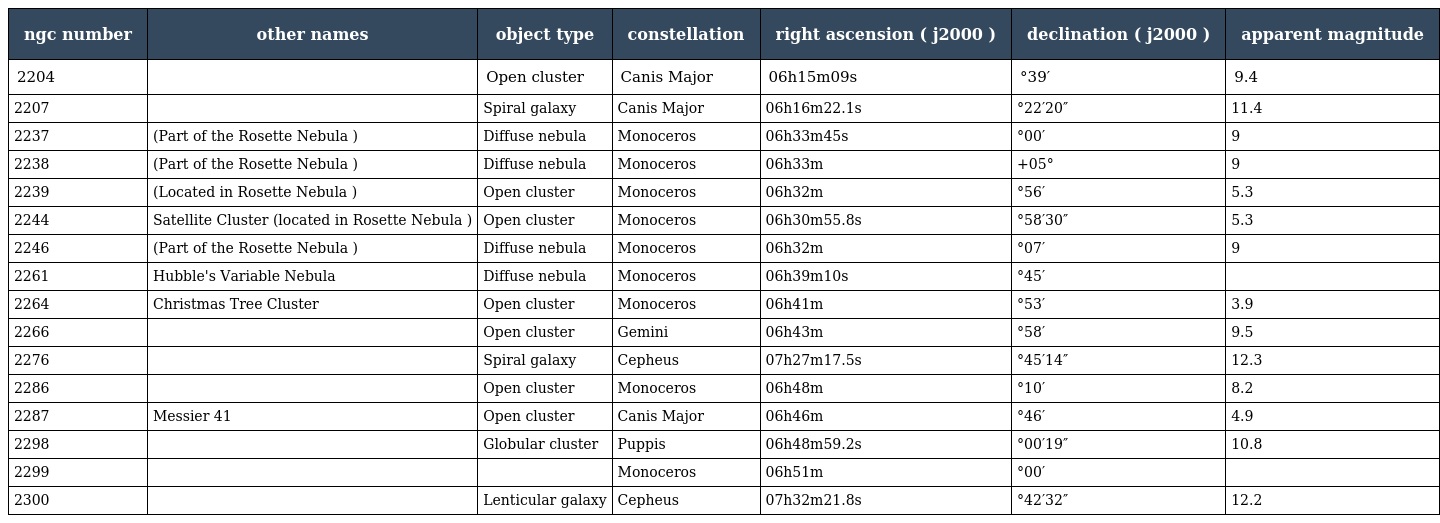
| ngc number | other names | object type | constellation | right ascension ( j2000 ) | declination ( j2000 ) | apparent magnitude |
 | --- | --- | --- | --- | --- | --- | --- |
 | 2204 |  | Open cluster | Canis Major | 06h15m09s | °39′ | 9.4 |
 | 2207 |  | Spiral galaxy | Canis Major | 06h16m22.1s | °22′20″ | 11.4 |
 | 2237 | (Part of the Rosette Nebula ) | Diffuse nebula | Monoceros | 06h33m45s | °00′ | 9 |
 | 2238 | (Part of the Rosette Nebula ) | Diffuse nebula | Monoceros | 06h33m | +05° | 9 |
 | 2239 | (Located in Rosette Nebula ) | Open cluster | Monoceros | 06h32m | °56′ | 5.3 |
 | 2244 | Satellite Cluster (located in Rosette Nebula ) | Open cluster | Monoceros | 06h30m55.8s | °58′30″ | 5.3 |
 | 2246 | (Part of the Rosette Nebula ) | Diffuse nebula | Monoceros | 06h32m | °07′ | 9 |
 | 2261 | Hubble's Variable Nebula | Diffuse nebula | Monoceros | 06h39m10s | °45′ |  |
 | 2264 | Christmas Tree Cluster | Open cluster | Monoceros | 06h41m | °53′ | 3.9 |
 | 2266 |  | Open cluster | Gemini | 06h43m | °58′ | 9.5 |
 | 2276 |  | Spiral galaxy | Cepheus | 07h27m17.5s | °45′14″ | 12.3 |
 | 2286 |  | Open cluster | Monoceros | 06h48m | °10′ | 8.2 |
 | 2287 | Messier 41 | Open cluster | Canis Major | 06h46m | °46′ | 4.9 |
 | 2298 |  | Globular cluster | Puppis | 06h48m59.2s | °00′19″ | 10.8 |
 | 2299 |  |  | Monoceros | 06h51m | °00′ |  |
 | 2300 |  | Lenticular galaxy | Cepheus | 07h32m21.8s | °42′32″ | 12.2 |